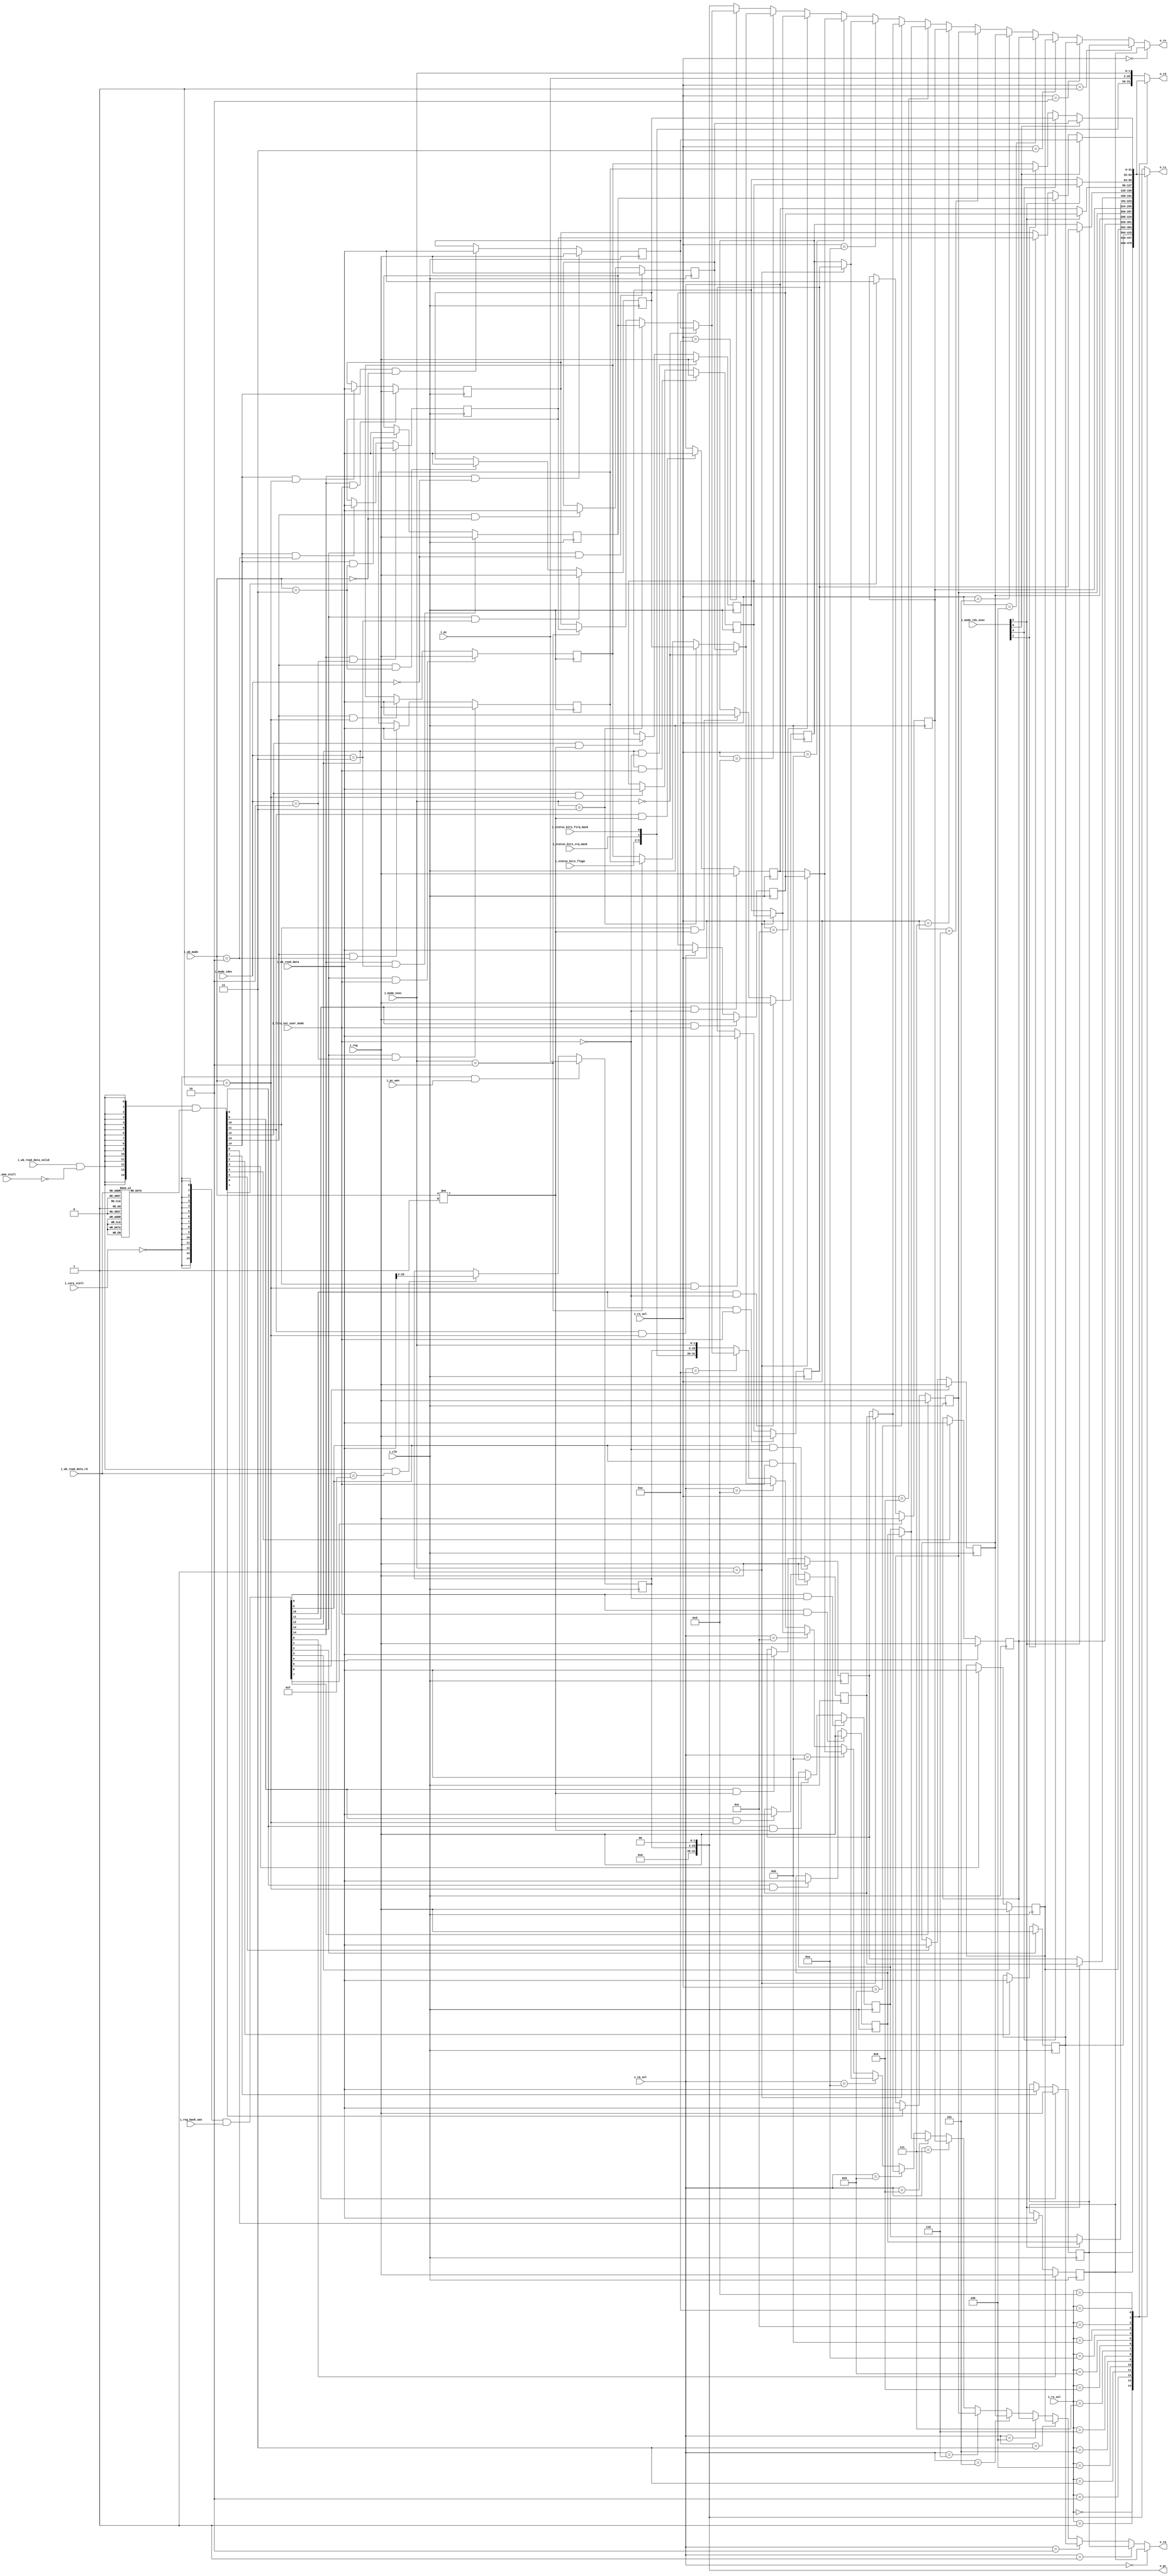
`define ADDR_WIDTH_21_8 8
`define DATA_WIDTH_21_8 21
`define ADDR_WIDTH_128_8 8
`define DATA_WIDTH_128_8 128
`define _A25_CONFIG_DEFINES
`define A25_ICACHE_WAYS 4
`define A25_DCACHE_WAYS 4
`define _A25_CONFIG_DEFINES
`define A25_ICACHE_WAYS 4
`define A25_DCACHE_WAYS 4
//`define A25_DECOMPILE
//`define A25_COPRO15_DEBUG
//`define A25_CACHE_DEBUG
//    `define A25_DECOMPILE_FILE    "amber.dis"

module a25_register_bank (
 
			i_clk,
			i_core_stall,
			i_mem_stall,
 
			i_mode_idec,          
                                               
			i_mode_exec,            
                                           
			i_mode_rds_exec,      
                                                  
			i_firq_not_user_mode,
			i_rm_sel,
			i_rs_sel,
			i_rn_sel,
 
			i_pc_wen,
			i_reg_bank_wen,
 
			i_pc,                
			i_reg,
 
			i_wb_read_data,
			i_wb_read_data_valid,
			i_wb_read_data_rd,
			i_wb_mode,
 
			i_status_bits_flags,
			i_status_bits_irq_mask,
			i_status_bits_firq_mask,
 
			o_rm,
			o_rs,
			o_rd,
			o_rn,
			o_pc
 
			);
 
//`include "a25/a25_localparams.v"
//////////////////////////////////////////////////////////////////
//                                                              //
//  Parameters file for Amber 25 Core                           //
//                                                              //
//  This file is part of the Amber project                      //
//  http://www.opencores.org/project,amber                      //
//                                                              //
//  Description                                                 //
//  Holds general parameters that are used is several core      //
//  modules                                                     //
//                                                              //
//  Author(s):                                                  //
//      - Conor Santifort, csantifort.amber@gmail.com           //
//                                                              //
//////////////////////////////////////////////////////////////////
//                                                              //
// Copyright (C) 2011 Authors and OPENCORES.ORG                 //
//                                                              //
// This source file may be used and distributed without         //
// restriction provided that this copyright statement is not    //
// removed from the file and that any derivative work contains  //
// the original copyright notice and the associated disclaimer. //
//                                                              //
// This source file is free software; you can redistribute it   //
// and/or modify it under the terms of the GNU Lesser General   //
// Public License as published by the Free Software Foundation; //
// either version 2.1 of the License, or (at your option) any   //
// later version.                                               //
//                                                              //
// This source is distributed in the hope that it will be       //
// useful, but WITHOUT ANY WARRANTY; without even the implied   //
// warranty of MERCHANTABILITY or FITNESS FOR A PARTICULAR      //
// PURPOSE.  See the GNU Lesser General Public License for more //
// details.                                                     //
//                                                              //
// You should have received a copy of the GNU Lesser General    //
// Public License along with this source; if not, download it   //
// from http://www.opencores.org/lgpl.shtml                     //
//                                                              //
//////////////////////////////////////////////////////////////////
 
 
// Instruction Types
localparam [3:0]    REGOP       = 4'h0, // Data processing
                    MULT        = 4'h1, // Multiply
                    SWAP        = 4'h2, // Single Data Swap
                    TRANS       = 4'h3, // Single data transfer
                    MTRANS      = 4'h4, // Multi-word data transfer
                    BRANCH      = 4'h5, // Branch
                    CODTRANS    = 4'h6, // Co-processor data transfer
                    COREGOP     = 4'h7, // Co-processor data operation
                    CORTRANS    = 4'h8, // Co-processor register transfer
                    SWI         = 4'h9; // software interrupt
 
 
// Opcodes
localparam [3:0] AND = 4'h0,        // Logical AND
                 EOR = 4'h1,        // Logical Exclusive OR
                 SUB = 4'h2,        // Subtract
                 RSB = 4'h3,        // Reverse Subtract
                 ADD = 4'h4,        // Add
                 ADC = 4'h5,        // Add with Carry
                 SBC = 4'h6,        // Subtract with Carry
                 RSC = 4'h7,        // Reverse Subtract with Carry
                 TST = 4'h8,        // Test  (using AND operator)
                 TEQ = 4'h9,        // Test Equivalence (using EOR operator)
                 CMP = 4'ha,       // Compare (using Subtract operator)
                 CMN = 4'hb,       // Compare Negated
                 ORR = 4'hc,       // Logical OR
                 MOV = 4'hd,       // Move
                 BIC = 4'he,       // Bit Clear (using AND & NOT operators)
                 MVN = 4'hf;       // Move NOT
 
// Condition Encoding
localparam [3:0] EQ  = 4'h0,        // Equal            / Z set
                 NE  = 4'h1,        // Not equal        / Z clear
                 CS  = 4'h2,        // Carry set        / C set
                 CC  = 4'h3,        // Carry clear      / C clear
                 MI  = 4'h4,        // Minus            / N set
                 PL  = 4'h5,        // Plus             / N clear
                 VS  = 4'h6,        // Overflow         / V set
                 VC  = 4'h7,        // No overflow      / V clear
                 HI  = 4'h8,        // Unsigned higher  / C set and Z clear
                 LS  = 4'h9,        // Unsigned lower
                                    // or same          / C clear or Z set
                 GE  = 4'ha,        // Signed greater 
                                    // than or equal    / N == V
                 LT  = 4'hb,        // Signed less than / N != V
                 GT  = 4'hc,        // Signed greater
                                    // than             / Z == 0, N == V
                 LE  = 4'hd,        // Signed less than
                                    // or equal         / Z == 1, N != V
                 AL  = 4'he,        // Always
                 NV  = 4'hf;        // Never
 
// Any instruction with a condition field of 0b1111 is UNPREDICTABLE.                
 
// Shift Types
localparam [1:0] LSL = 2'h0,
                 LSR = 2'h1,
                 ASR = 2'h2,
                 RRX = 2'h3,
                 ROR = 2'h3; 
 
// Modes
localparam [1:0] SVC  =  2'b11,  // Supervisor
                 IRQ  =  2'b10,  // Interrupt
                 FIRQ =  2'b01,  // Fast Interrupt
                 USR  =  2'b00;  // User
 
// One-Hot Mode encodings
localparam [5:0] OH_USR  = 0,
                 OH_IRQ  = 1,
                 OH_FIRQ = 2,
                 OH_SVC  = 3;
 
 
//`include "a25/a25_functions.v"

input                       i_clk;
input                       i_core_stall;
input                       i_mem_stall;
 
input       [1:0]           i_mode_idec;            // user, supervisor, irq_idec, firq_idec etc.
                                                    // Used for register writes
input       [1:0]           i_mode_exec;            // 1 periods delayed from i_mode_idec
                                                    // Used for register reads
input       [3:0]           i_mode_rds_exec;        // Use one-hot version specifically for rds, 
                                                    // includes i_user_mode_regs_store
input                       i_firq_not_user_mode;
input       [3:0]           i_rm_sel;
input       [3:0]           i_rs_sel;
input       [3:0]           i_rn_sel;
 
input                       i_pc_wen;
input       [14:0]          i_reg_bank_wen;
 
input       [23:0]          i_pc;                   // program counter [25:2]
input       [31:0]          i_reg;
 
input       [31:0]          i_wb_read_data;
input                       i_wb_read_data_valid;
input       [3:0]           i_wb_read_data_rd;
input       [1:0]           i_wb_mode;
 
input       [3:0]           i_status_bits_flags;
input                       i_status_bits_irq_mask;
input                       i_status_bits_firq_mask;
 
output      [31:0]          o_rm;
output      [31:0]          o_rs;
output      [31:0]          o_rd;
output      [31:0]          o_rn;
output      [31:0]          o_pc;

reg  	    [31:0]          o_rs;  //
reg   	    [31:0]          o_rd;  //

// User Mode Registers
reg  [31:0] r0  = 32'hdeadbeef;
reg  [31:0] r1  = 32'hdeadbeef;
reg  [31:0] r2  = 32'hdeadbeef;
reg  [31:0] r3  = 32'hdeadbeef;
reg  [31:0] r4  = 32'hdeadbeef;
reg  [31:0] r5  = 32'hdeadbeef;
reg  [31:0] r6  = 32'hdeadbeef;
reg  [31:0] r7  = 32'hdeadbeef;
reg  [31:0] r8  = 32'hdeadbeef;
reg  [31:0] r9  = 32'hdeadbeef;
reg  [31:0] r10 = 32'hdeadbeef;
reg  [31:0] r11 = 32'hdeadbeef;
reg  [31:0] r12 = 32'hdeadbeef;
reg  [31:0] r13 = 32'hdeadbeef;
reg  [31:0] r14 = 32'hdeadbeef;
reg  [23:0] r15; // see line: 4272
 
wire  [31:0] r0_out;
wire  [31:0] r1_out;
wire  [31:0] r2_out;
wire  [31:0] r3_out;
wire  [31:0] r4_out;
wire  [31:0] r5_out;
wire  [31:0] r6_out;
wire  [31:0] r7_out;
wire  [31:0] r8_out;
wire  [31:0] r9_out;
wire  [31:0] r10_out;
wire  [31:0] r11_out;
wire  [31:0] r12_out;
wire  [31:0] r13_out;
wire  [31:0] r14_out;
wire  [31:0] r15_out_rm;
wire  [31:0] r15_out_rm_nxt;
wire  [31:0] r15_out_rn;
 
wire  [31:0] r8_rds;
wire  [31:0] r9_rds;
wire  [31:0] r10_rds;
wire  [31:0] r11_rds;
wire  [31:0] r12_rds;
wire  [31:0] r13_rds;
wire  [31:0] r14_rds;
 
// Supervisor Mode Registers
reg  [31:0] r13_svc = 32'hdeadbeef;
reg  [31:0] r14_svc = 32'hdeadbeef;
 
// Interrupt Mode Registers
reg  [31:0] r13_irq = 32'hdeadbeef;
reg  [31:0] r14_irq = 32'hdeadbeef;
 
// Fast Interrupt Mode Registers
reg  [31:0] r8_firq  = 32'hdeadbeef;
reg  [31:0] r9_firq  = 32'hdeadbeef;
reg  [31:0] r10_firq = 32'hdeadbeef;
reg  [31:0] r11_firq = 32'hdeadbeef;
reg  [31:0] r12_firq = 32'hdeadbeef;
reg  [31:0] r13_firq = 32'hdeadbeef;
reg  [31:0] r14_firq = 32'hdeadbeef;
 
wire        usr_exec;
wire        svc_exec;
wire        irq_exec;
wire        firq_exec;
 
wire        usr_idec;
wire        svc_idec;
wire        irq_idec;
wire        firq_idec;
wire [14:0] read_data_wen;
wire [14:0] reg_bank_wen_c;
wire        pc_wen_c;
wire        pc_dmem_wen;

reg [14:0] decode;  //jingjing
 
 
    // Write Enables from execute stage
assign usr_idec  = i_mode_idec == USR;
assign svc_idec  = i_mode_idec == SVC;
assign irq_idec  = i_mode_idec == IRQ;
 
// pre-encoded in decode stage to speed up long path
assign firq_idec = i_firq_not_user_mode;
 
    // Read Enables from stage 1 (fetch)
assign usr_exec  = i_mode_exec == USR;
assign svc_exec  = i_mode_exec == SVC;
assign irq_exec  = i_mode_exec == IRQ;
assign firq_exec = i_mode_exec == FIRQ;

always @*
case(i_wb_read_data_rd)
	4'h0  : decode = 15'h0001  ;
	4'h1  : decode = 15'h0002  ;
	4'h2  : decode = 15'h0004  ;
	4'h3  : decode = 15'h0008  ;
	4'h4  : decode = 15'h0010  ;
	4'h5  : decode = 15'h0020  ;
	4'h6  : decode = 15'h0040  ;
	4'h7  : decode = 15'h0080  ;
	4'h8  : decode = 15'h0100  ;
	4'h9  : decode = 15'h0200  ;
	4'ha  : decode = 15'h0400  ;
	4'hb  : decode = 15'h0800  ;
	4'hc  : decode = 15'h1000  ;
	4'hd  : decode = 15'h2000  ;
	4'he  : decode = 15'h4000  ;
	default: decode = 15'h0000  ;
endcase


/* i_wb_read_data_rd == 4'h0  ? 15'h0001  :
		 i_wb_read_data_rd == 4'h1  ? 15'h0002  :
		 i_wb_read_data_rd == 4'h2  ? 15'h0004  :
		 i_wb_read_data_rd == 4'h3  ? 15'h0008  :
		 i_wb_read_data_rd == 4'h4  ? 15'h0010  :
		 i_wb_read_data_rd == 4'h5  ? 15'h0020  :

		 i_wb_read_data_rd == 4'h6  ? 15'h0040  :
		 i_wb_read_data_rd == 4'h7  ? 15'h0080  :
		 i_wb_read_data_rd == 4'h8  ? 15'h0100  :
		 i_wb_read_data_rd == 4'h9  ? 15'h0200  :
		 i_wb_read_data_rd == 4'ha  ? 15'h0400  :
		 i_wb_read_data_rd == 4'hb  ? 15'h0800  :
		 i_wb_read_data_rd == 4'hc  ? 15'h1000  :
		 i_wb_read_data_rd == 4'hd  ? 15'h2000  :
		 i_wb_read_data_rd == 4'he  ? 15'h4000  :
			         default:     15'h0000  ;
*/
//& decode (i_wb_read_data_rd); 
assign read_data_wen = {15{i_wb_read_data_valid & ~i_mem_stall}} 
			& decode;


				
assign reg_bank_wen_c = {15{~i_core_stall}} & i_reg_bank_wen;
assign pc_wen_c       = ~i_core_stall & i_pc_wen;
assign pc_dmem_wen    = i_wb_read_data_valid & ~i_mem_stall & i_wb_read_data_rd == 4'd15;
 
 
// ========================================================
// Register Update
// ========================================================


always @ ( posedge i_clk )
    begin
    // these registers are used in all modes
    r0       <= reg_bank_wen_c[0 ]               ? i_reg : read_data_wen[0 ]                      ? i_wb_read_data       : r0;  
    r1       <= reg_bank_wen_c[1 ]               ? i_reg : read_data_wen[1 ]                      ? i_wb_read_data       : r1;  
    r2       <= reg_bank_wen_c[2 ]               ? i_reg : read_data_wen[2 ]                      ? i_wb_read_data       : r2;  
    r3       <= reg_bank_wen_c[3 ]               ? i_reg : read_data_wen[3 ]                      ? i_wb_read_data       : r3;  
    r4       <= reg_bank_wen_c[4 ]               ? i_reg : read_data_wen[4 ]                      ? i_wb_read_data       : r4;  
    r5       <= reg_bank_wen_c[5 ]               ? i_reg : read_data_wen[5 ]                      ? i_wb_read_data       : r5;  
    r6       <= reg_bank_wen_c[6 ]               ? i_reg : read_data_wen[6 ]                      ? i_wb_read_data       : r6;  
    r7       <= reg_bank_wen_c[7 ]               ? i_reg : read_data_wen[7 ]                      ? i_wb_read_data       : r7;  
 
    // these registers are used in all modes, except fast irq
    r8       <= reg_bank_wen_c[8 ] && !firq_idec ? i_reg : read_data_wen[8 ] && i_wb_mode != FIRQ ? i_wb_read_data       : r8;  
    r9       <= reg_bank_wen_c[9 ] && !firq_idec ? i_reg : read_data_wen[9 ] && i_wb_mode != FIRQ ? i_wb_read_data       : r9;  
    r10      <= reg_bank_wen_c[10] && !firq_idec ? i_reg : read_data_wen[10] && i_wb_mode != FIRQ ? i_wb_read_data       : r10; 
    r11      <= reg_bank_wen_c[11] && !firq_idec ? i_reg : read_data_wen[11] && i_wb_mode != FIRQ ? i_wb_read_data       : r11; 
    r12      <= reg_bank_wen_c[12] && !firq_idec ? i_reg : read_data_wen[12] && i_wb_mode != FIRQ ? i_wb_read_data       : r12; 
 
    // these registers are used in fast irq mode
    r8_firq  <= reg_bank_wen_c[8 ] &&  firq_idec ? i_reg : read_data_wen[8 ] && i_wb_mode == FIRQ ? i_wb_read_data       : r8_firq;
    r9_firq  <= reg_bank_wen_c[9 ] &&  firq_idec ? i_reg : read_data_wen[9 ] && i_wb_mode == FIRQ ? i_wb_read_data       : r9_firq;
    r10_firq <= reg_bank_wen_c[10] &&  firq_idec ? i_reg : read_data_wen[10] && i_wb_mode == FIRQ ? i_wb_read_data       : r10_firq;
    r11_firq <= reg_bank_wen_c[11] &&  firq_idec ? i_reg : read_data_wen[11] && i_wb_mode == FIRQ ? i_wb_read_data       : r11_firq;
    r12_firq <= reg_bank_wen_c[12] &&  firq_idec ? i_reg : read_data_wen[12] && i_wb_mode == FIRQ ? i_wb_read_data       : r12_firq;
 
    // these registers are used in user mode
    r13      <= reg_bank_wen_c[13] &&  usr_idec  ? i_reg : read_data_wen[13] && i_wb_mode == USR ? i_wb_read_data        : r13;         
    r14      <= reg_bank_wen_c[14] &&  usr_idec  ? i_reg : read_data_wen[14] && i_wb_mode == USR ? i_wb_read_data        : r14;         
 
    // these registers are used in supervisor mode
    r13_svc  <= reg_bank_wen_c[13] &&  svc_idec  ? i_reg : read_data_wen[13] && i_wb_mode == SVC  ? i_wb_read_data       : r13_svc;     
    r14_svc  <= reg_bank_wen_c[14] &&  svc_idec  ? i_reg : read_data_wen[14] && i_wb_mode == SVC  ? i_wb_read_data       : r14_svc;     
 
    // these registers are used in irq mode
    r13_irq  <= reg_bank_wen_c[13] &&  irq_idec  ? i_reg : read_data_wen[13] && i_wb_mode == IRQ  ? i_wb_read_data       : r13_irq; 
    r14_irq  <= (reg_bank_wen_c[14] && irq_idec) ? i_reg : read_data_wen[14] && i_wb_mode == IRQ  ? i_wb_read_data       : r14_irq;      
 
    // these registers are used in fast irq mode
    r13_firq <= reg_bank_wen_c[13] &&  firq_idec ? i_reg : read_data_wen[13] && i_wb_mode == FIRQ ? i_wb_read_data       : r13_firq;
    r14_firq <= reg_bank_wen_c[14] &&  firq_idec ? i_reg : read_data_wen[14] && i_wb_mode == FIRQ ? i_wb_read_data       : r14_firq;  
 
    // these registers are used in all modes
    r15      <= pc_wen_c                         ?  i_pc : pc_dmem_wen                            ? i_wb_read_data[25:2] : r15;

    end
 
 
// ========================================================
// Register Read based on Mode
// ========================================================
assign r0_out = r0;
assign r1_out = r1;
assign r2_out = r2;
assign r3_out = r3;
assign r4_out = r4;
assign r5_out = r5;
assign r6_out = r6;
assign r7_out = r7;
 
assign r8_out  = firq_exec ? r8_firq  : r8;
assign r9_out  = firq_exec ? r9_firq  : r9;
assign r10_out = firq_exec ? r10_firq : r10;
assign r11_out = firq_exec ? r11_firq : r11;
assign r12_out = firq_exec ? r12_firq : r12;
 
assign r13_out = usr_exec ? r13      :
                 svc_exec ? r13_svc  :
                 irq_exec ? r13_irq  :
                          r13_firq ;
 
assign r14_out = usr_exec ? r14      :
                 svc_exec ? r14_svc  :
                 irq_exec ? r14_irq  :
                          r14_firq ;
 
 
assign r15_out_rm     = { i_status_bits_flags, 
                          i_status_bits_irq_mask, 
                          i_status_bits_firq_mask, 
                          r15, 
                          i_mode_exec};
 
assign r15_out_rm_nxt = { i_status_bits_flags, 
                          i_status_bits_irq_mask, 
                          i_status_bits_firq_mask, 
                          i_pc, 
                          i_mode_exec};

// if r15 is initialized => Yosys+ABC:A CI/CO pair share the name (u_execute.u_register_bank.r15[1]) but do not link directly
assign r15_out_rn     = {6'd0, r15, 2'd0};
 
 
// rds outputs
assign r8_rds  = i_mode_rds_exec[OH_FIRQ] ? r8_firq  : r8;
assign r9_rds  = i_mode_rds_exec[OH_FIRQ] ? r9_firq  : r9;
assign r10_rds = i_mode_rds_exec[OH_FIRQ] ? r10_firq : r10;
assign r11_rds = i_mode_rds_exec[OH_FIRQ] ? r11_firq : r11;
assign r12_rds = i_mode_rds_exec[OH_FIRQ] ? r12_firq : r12;
 
assign r13_rds = i_mode_rds_exec[OH_USR]  ? r13      :
                 i_mode_rds_exec[OH_SVC]  ? r13_svc  :
                 i_mode_rds_exec[OH_IRQ]  ? r13_irq  :
                                            r13_firq ;
 
assign r14_rds = i_mode_rds_exec[OH_USR]  ? r14      :
                 i_mode_rds_exec[OH_SVC]  ? r14_svc  :
                 i_mode_rds_exec[OH_IRQ]  ? r14_irq  :
                                            r14_firq ;
 
 
// ========================================================
// Program Counter out
// ========================================================
assign o_pc = r15_out_rn;
 
// ========================================================
// Rm Selector
// ========================================================
assign o_rm = i_rm_sel == 4'd0  ? r0_out  :
              i_rm_sel == 4'd1  ? r1_out  : 
              i_rm_sel == 4'd2  ? r2_out  : 
              i_rm_sel == 4'd3  ? r3_out  : 
              i_rm_sel == 4'd4  ? r4_out  : 
              i_rm_sel == 4'd5  ? r5_out  : 
              i_rm_sel == 4'd6  ? r6_out  : 
              i_rm_sel == 4'd7  ? r7_out  : 
              i_rm_sel == 4'd8  ? r8_out  : 
              i_rm_sel == 4'd9  ? r9_out  : 
              i_rm_sel == 4'd10 ? r10_out : 
              i_rm_sel == 4'd11 ? r11_out : 
              i_rm_sel == 4'd12 ? r12_out : 
              i_rm_sel == 4'd13 ? r13_out : 
              i_rm_sel == 4'd14 ? r14_out : 
               			  r15_out_rm ; 
 
 
// ========================================================
// Rds Selector
// ========================================================
always @*
    case ( i_rs_sel )
       4'd0  :  o_rs = r0_out  ;
       4'd1  :  o_rs = r1_out  ; 
       4'd2  :  o_rs = r2_out  ; 
       4'd3  :  o_rs = r3_out  ; 
       4'd4  :  o_rs = r4_out  ; 
       4'd5  :  o_rs = r5_out  ; 
       4'd6  :  o_rs = r6_out  ; 
       4'd7  :  o_rs = r7_out  ; 
       4'd8  :  o_rs = r8_rds  ; 
       4'd9  :  o_rs = r9_rds  ; 
       4'd10 :  o_rs = r10_rds ; 
       4'd11 :  o_rs = r11_rds ; 
       4'd12 :  o_rs = r12_rds ; 
       4'd13 :  o_rs = r13_rds ; 
       4'd14 :  o_rs = r14_rds ; 
      default:  o_rs = r15_out_rn ; 
    endcase


 
// ========================================================
// Rd Selector
// ========================================================

always @*
    case ( i_rs_sel )
       4'd0  :  o_rd = r0_out  ;
       4'd1  :  o_rd = r1_out  ; 
       4'd2  :  o_rd = r2_out  ; 
       4'd3  :  o_rd = r3_out  ; 
       4'd4  :  o_rd = r4_out  ; 
       4'd5  :  o_rd = r5_out  ; 
       4'd6  :  o_rd = r6_out  ; 
       4'd7  :  o_rd = r7_out  ; 
       4'd8  :  o_rd = r8_rds  ; 
       4'd9  :  o_rd = r9_rds  ; 
       4'd10 :  o_rd = r10_rds ; 
       4'd11 :  o_rd = r11_rds ; 
       4'd12 :  o_rd = r12_rds ; 
       4'd13 :  o_rd = r13_rds ; 
       4'd14 :  o_rd = r14_rds ; 
       default: o_rd = r15_out_rm_nxt ; 
    endcase
 
 
// ========================================================
// Rn Selector
// ========================================================
assign o_rn = i_rn_sel == 4'd0  ? r0_out  :
              i_rn_sel == 4'd1  ? r1_out  : 
              i_rn_sel == 4'd2  ? r2_out  : 
              i_rn_sel == 4'd3  ? r3_out  : 
              i_rn_sel == 4'd4  ? r4_out  : 
              i_rn_sel == 4'd5  ? r5_out  : 
              i_rn_sel == 4'd6  ? r6_out  : 
              i_rn_sel == 4'd7  ? r7_out  : 
              i_rn_sel == 4'd8  ? r8_out  : 
              i_rn_sel == 4'd9  ? r9_out  : 
              i_rn_sel == 4'd10 ? r10_out : 
              i_rn_sel == 4'd11 ? r11_out : 
              i_rn_sel == 4'd12 ? r12_out : 
              i_rn_sel == 4'd13 ? r13_out : 
              i_rn_sel == 4'd14 ? r14_out : 
              			  r15_out_rn ; 
 
 
endmodule